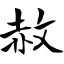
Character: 赦